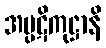
အပ္ပဋိကုဋ္ဌာနိ